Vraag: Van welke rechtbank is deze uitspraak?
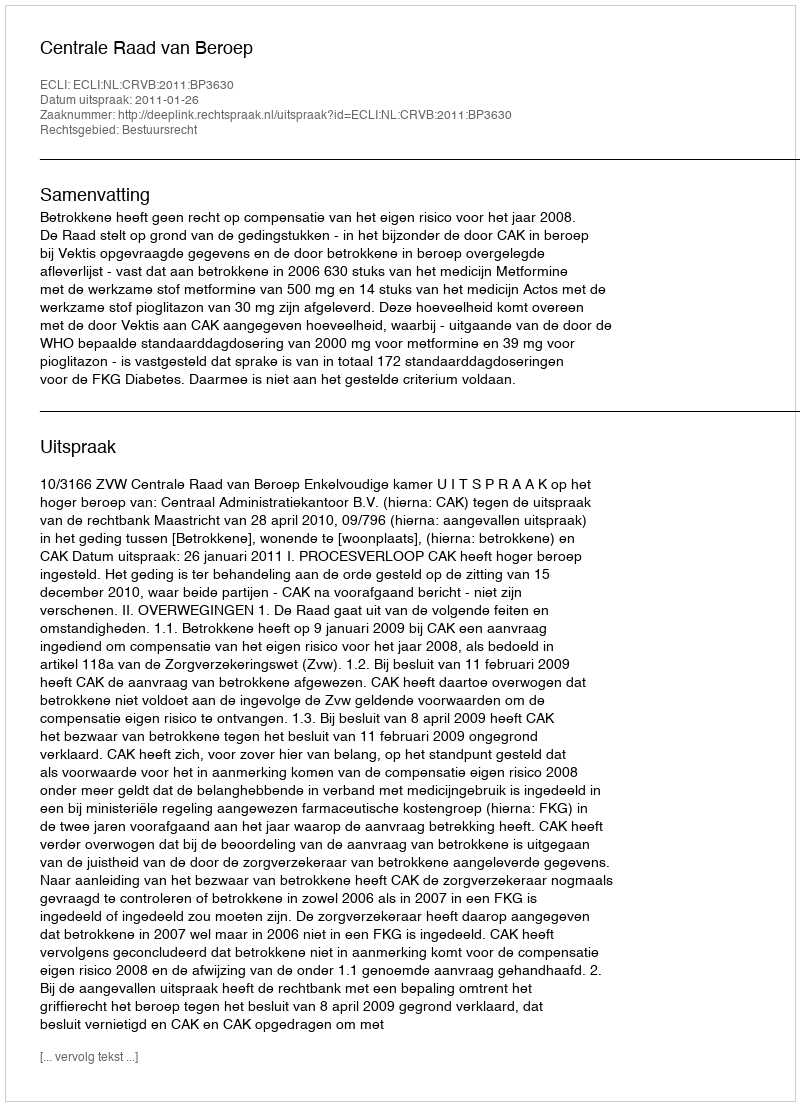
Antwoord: Centrale Raad van Beroep